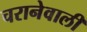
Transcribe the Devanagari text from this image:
चरानेवाली